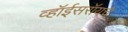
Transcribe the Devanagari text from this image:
व्हॉईसरॉयचे